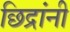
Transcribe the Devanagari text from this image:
छिद्रांनी